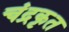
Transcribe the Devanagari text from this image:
चंद्रकृत